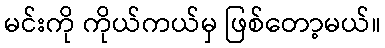
မင်းကို ကိုယ်ကယ်မှ ဖြစ်တော့မယ်။